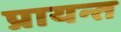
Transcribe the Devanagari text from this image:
प्रायन्त